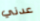
عدني